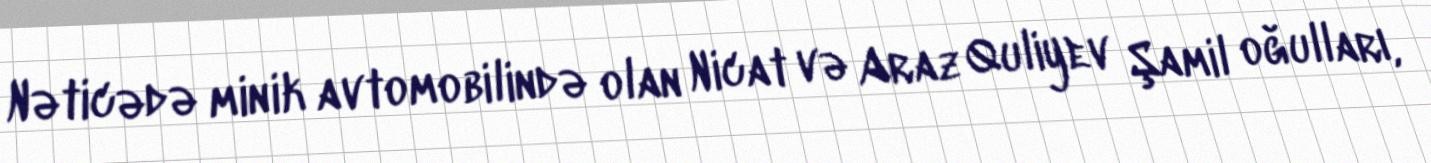
Nəticədə minik avtomobilində olan Nicat və Araz Quliyev Şamil oğulları,